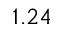
1 . 2 4